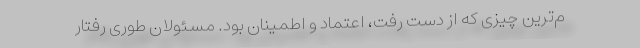
م‌ترین چیزی که از دست رفت، اعتماد و اطمینان بود. مسئولان طوری رفتار